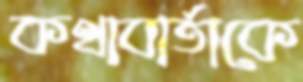
কথাবার্তাকে